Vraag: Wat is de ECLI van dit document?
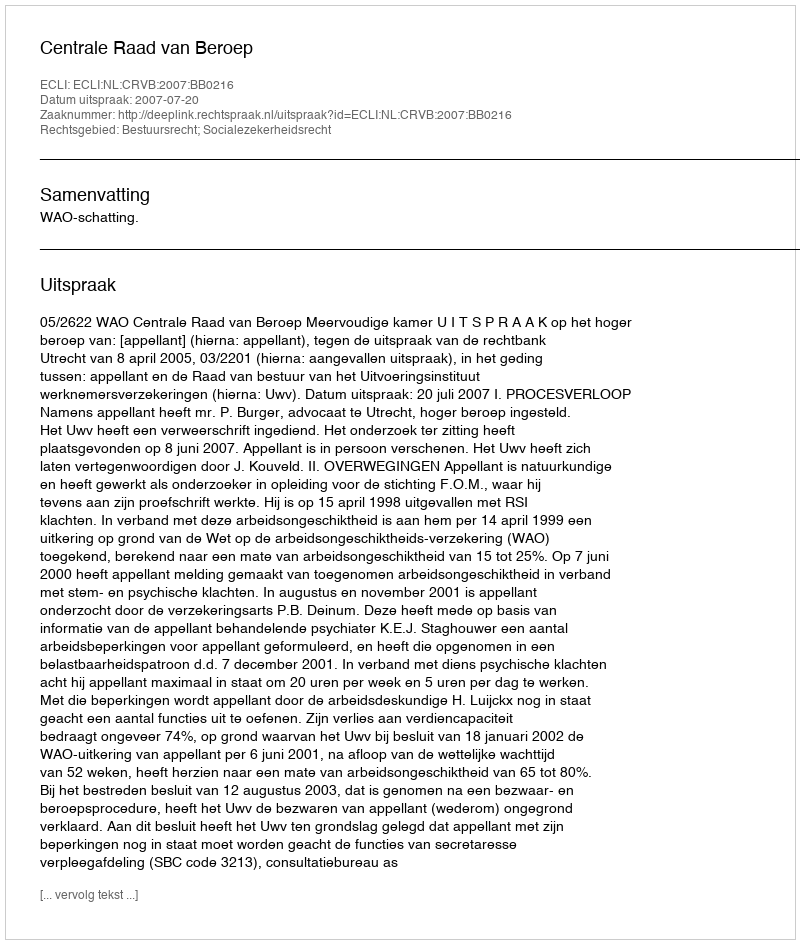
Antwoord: ECLI:NL:CRVB:2007:BB0216